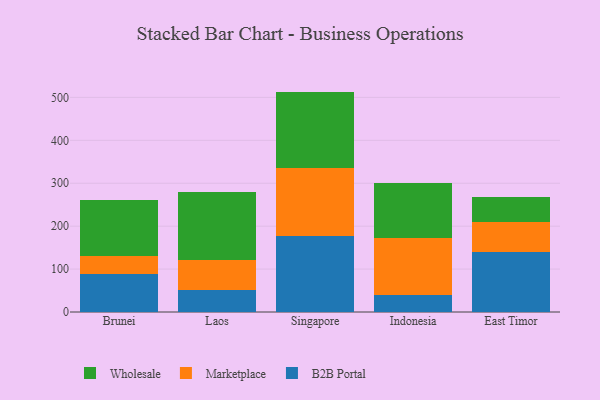
{"axis": {"x": "Country", "y": "Website Visitors"}, "legend": ["B2B Portal", "Marketplace", "Wholesale"], "data": [{"x": "Brunei", "y": 87.5, "type": "B2B Portal"}, {"x": "Brunei", "y": 42.5, "type": "Marketplace"}, {"x": "Brunei", "y": 130.6, "type": "Wholesale"}, {"x": "Laos", "y": 52.4, "type": "B2B Portal"}, {"x": "Laos", "y": 67.7, "type": "Marketplace"}, {"x": "Laos", "y": 158.9, "type": "Wholesale"}, {"x": "Singapore", "y": 178.1, "type": "B2B Portal"}, {"x": "Singapore", "y": 156.7, "type": "Marketplace"}, {"x": "Singapore", "y": 178.7, "type": "Wholesale"}, {"x": "Indonesia", "y": 40.6, "type": "B2B Portal"}, {"x": "Indonesia", "y": 131.3, "type": "Marketplace"}, {"x": "Indonesia", "y": 128.0, "type": "Wholesale"}, {"x": "East Timor", "y": 140.2, "type": "B2B Portal"}, {"x": "East Timor", "y": 69.7, "type": "Marketplace"}, {"x": "East Timor", "y": 57.9, "type": "Wholesale"}]}